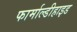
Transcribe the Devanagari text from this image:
फार्माल्डीहाइड